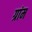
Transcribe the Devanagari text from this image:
ग्रांम